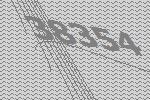
38354